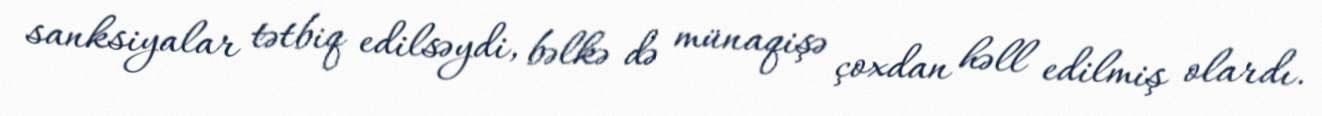
sanksiyalar tətbiq edilsəydi, bəlkə də münaqişə çoxdan həll edilmiş olardı.